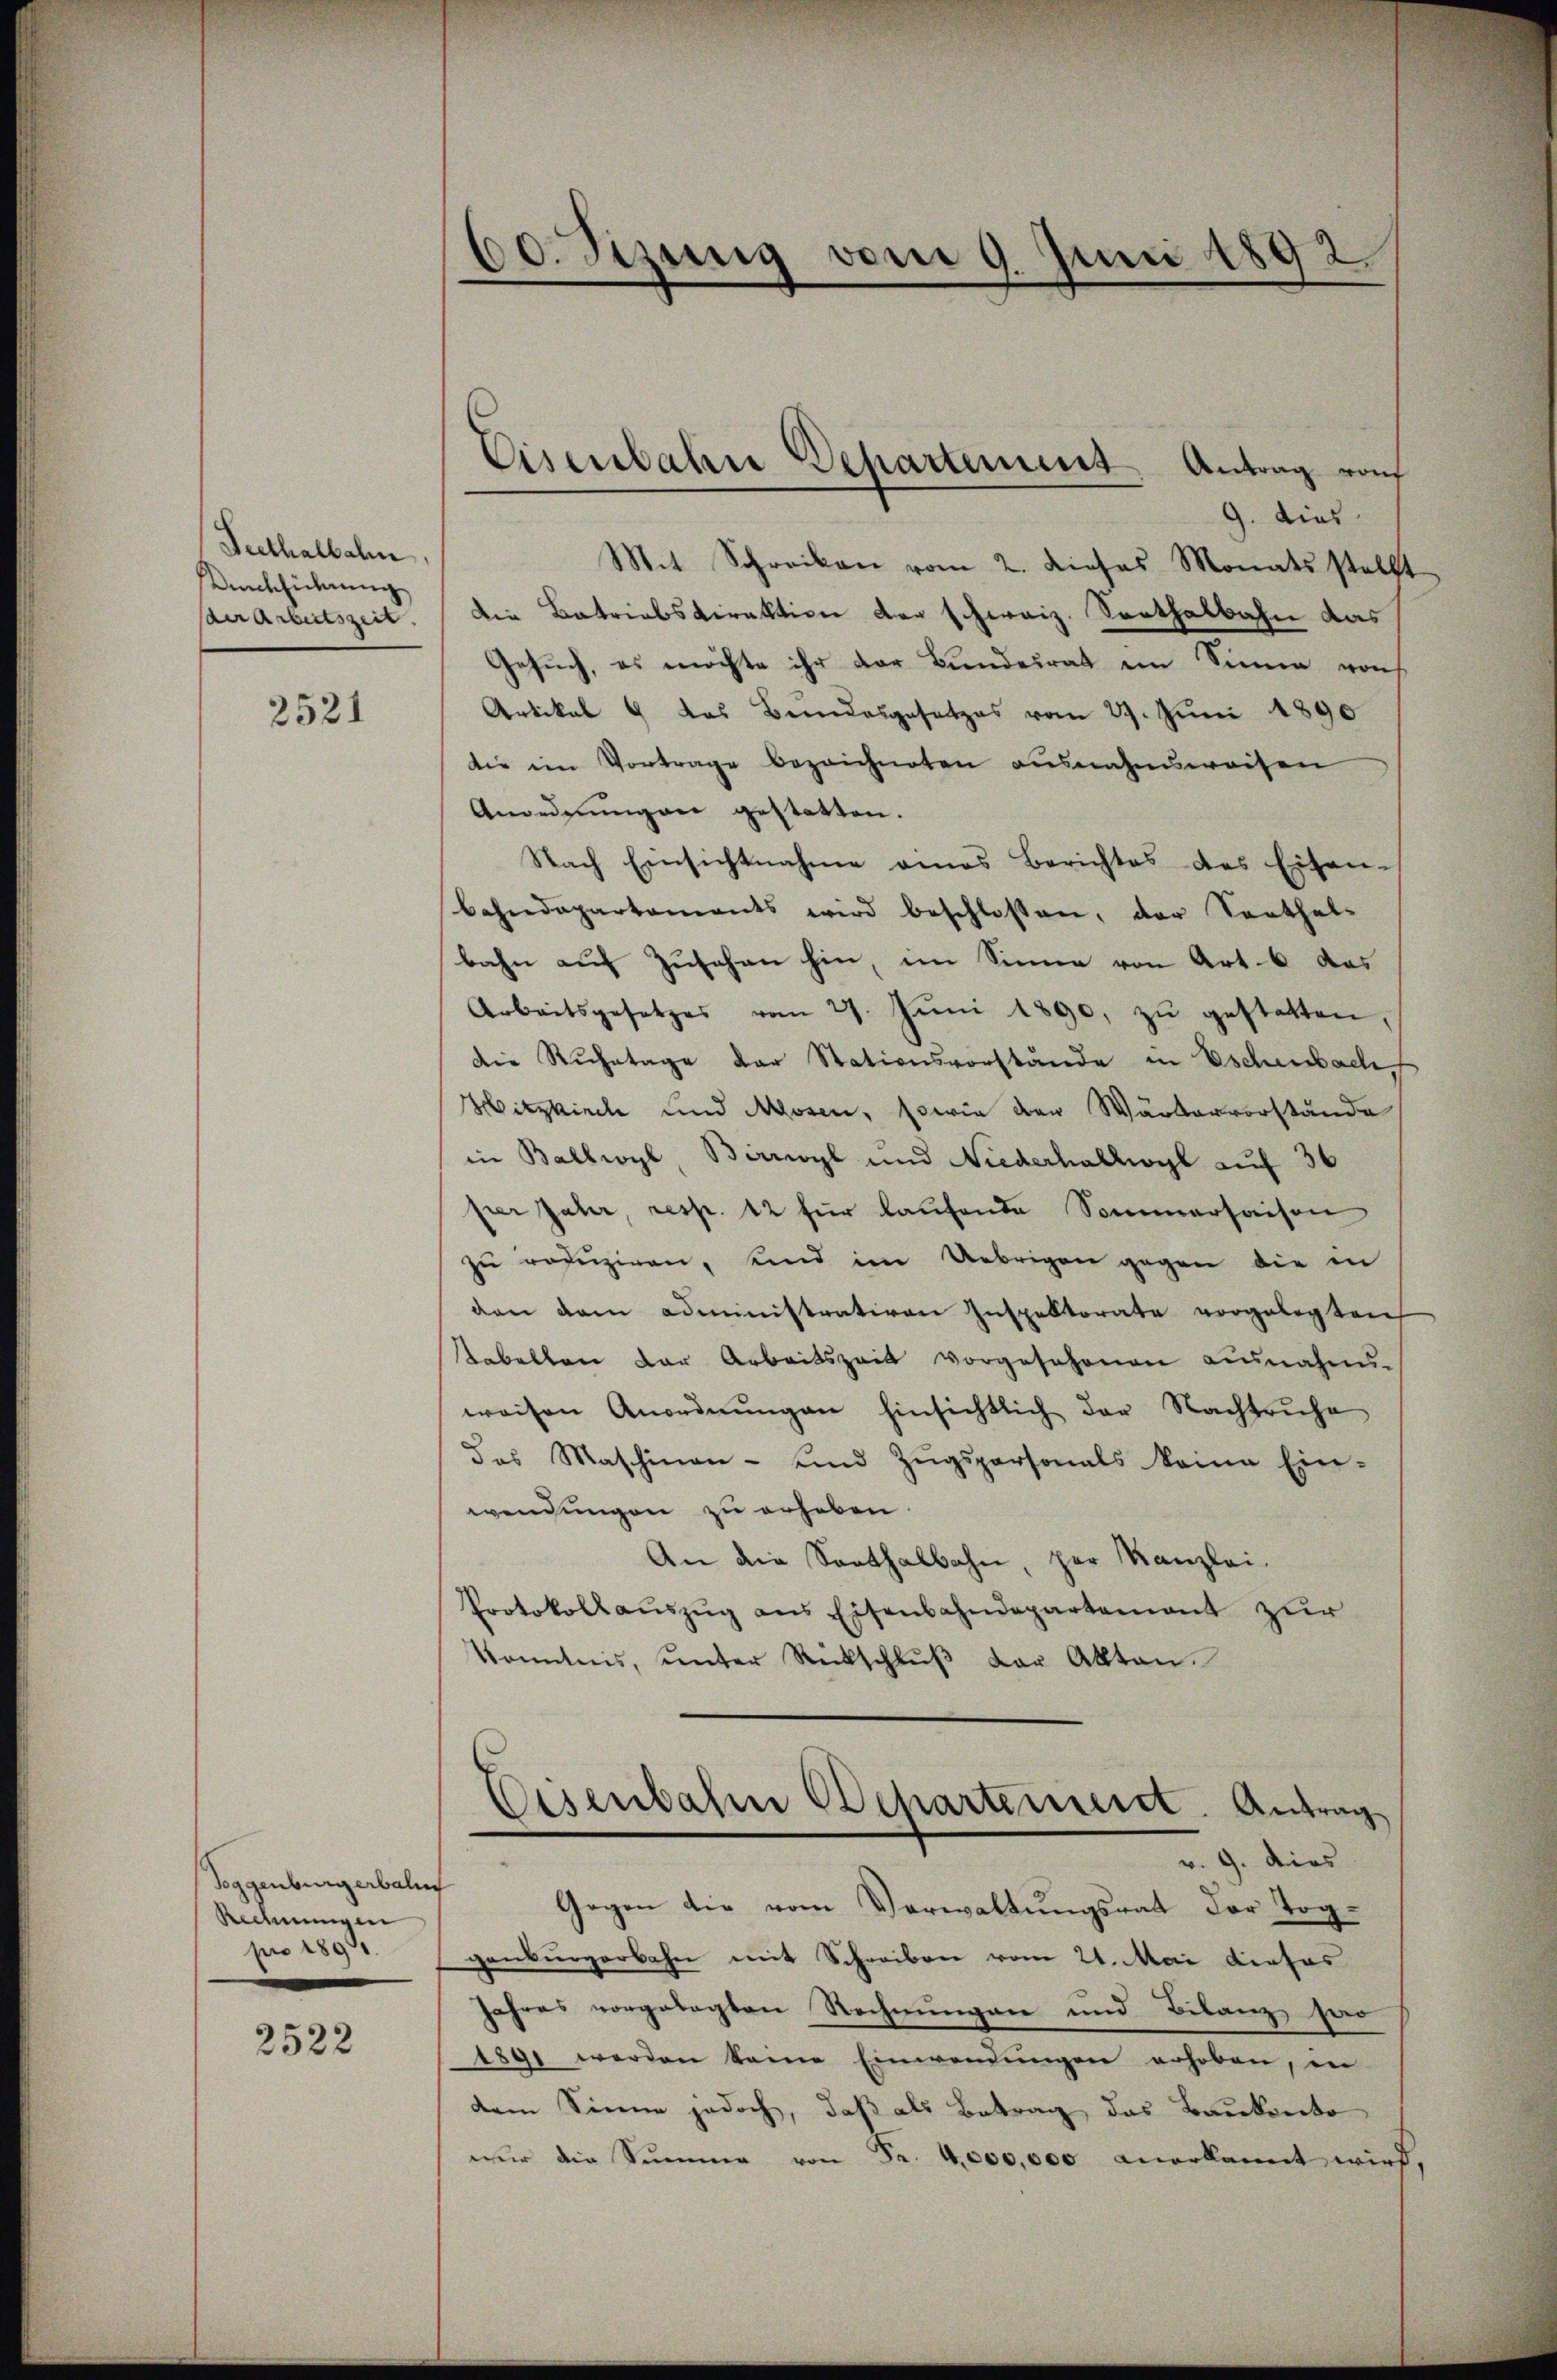
Seethalbahn.
Rückführung
der Arbeitszeit.

2521

Toggenburgerbali
Rechnungen
pro 1890.

2522

60. Sizung vom 9. Juni 1892.

9. dies
Mit Schreiben vom 2. dieses Monats stellt
die Betriebsdirektion der schweiz. Sorthalbahn das
Gesŭch, es möchte ihr der Bundesrat im Sinne von
Artikal 6 das Bundesgesetzes vom 29. Jŭni 1890
die im Vortrage bezeichneten ausnahmsweisen
Anordnŭngen gestatten.
Nach Einsichtnahme eines Berichtes des Eisen-
Bahndepartaments wird beschlossen, der Santhal-
bahn auf Zusehen hin, im Sinne von Art. 6 das
Arbeitsgesetzes vom 27. Jŭni 1890. zŭ gestatten,
die Ruhetage der Stationsvorstände in Eschenbach, f
Hitzkirch und Mlosen, sowie den Wärtervorstände
in Ballwyl, Birroyl und Niederhallwogl auf 36
per Jahr, resp. 12 für laufende Sommersaison
zŭ redŭziren, und im Uebrigen gegen die in
den dem administrativen Inspektorate vorgelegten
abellen der Arbeitszeit vorgesehenen ausnahms-
weisen Anordnŭngen hinsichtlich der Nachtruhe
des Maschinen- und Zugspersonals keine Ein-
wendungen zu erheben.
An die Santhalbahn, zur Kanzlei-
Protokollaŭszŭg ans Eisenbahndepartement zur
Konntnis, ŭnter Rückschlŭβ der Akten.
v. 9. dies
Gegen die vom Verwaltungsrat der Toggenburgerbahn mit Schreiben vom 21. Mai dieses
Jahres vorgelegten Rechnungen und Bilanz har
1891 werden keine Einwendungen erhoben, in
dem Sinne jedoch, daß als Betrag das Baukanto
nur die Summe von Fr. 4,000,000 anerkannt wird,

Eisenbahn Departement Antrag von

Eisenbahre Departement. Antrag